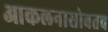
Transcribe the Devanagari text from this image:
आकलनासोबतच